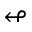
\looparrowleft